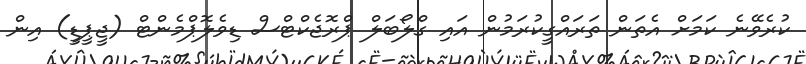
ކުރެވޭނެ ކަމަށް އެތަން ތަރައްގީކުރަމުން އައި ގްލޯބަލް ޕްރޮޖެކްޓްސް ޑިވެލޮޕްމެންޓް (ޖީޕީޑީ) އިން